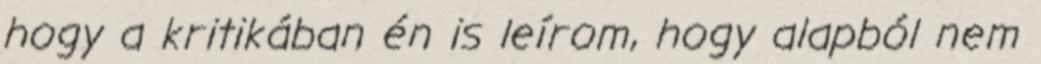
hogy a kritikában én is leírom, hogy alapból nem